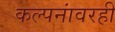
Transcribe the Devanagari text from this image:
कल्पनांवरही